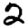
Digit: 2